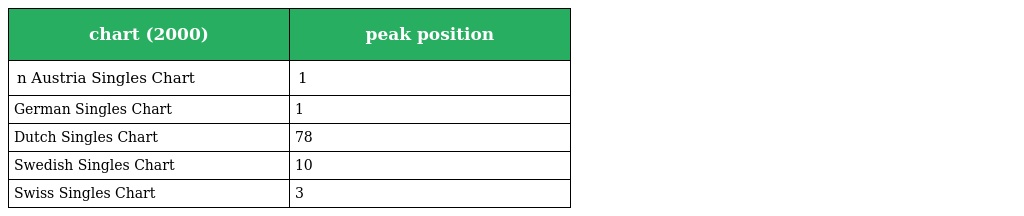
| chart (2000) | peak position |
 | --- | --- |
 | n Austria Singles Chart | 1 |
 | German Singles Chart | 1 |
 | Dutch Singles Chart | 78 |
 | Swedish Singles Chart | 10 |
 | Swiss Singles Chart | 3 |